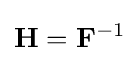
\mathbf {H} =\mathbf {F} ^{-1}\,\!